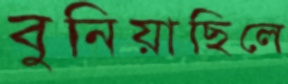
বুনিয়াছিলে